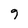
Character: 9